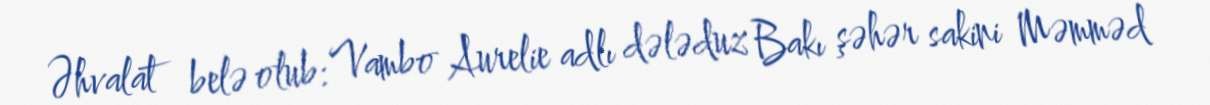
Əhvalat belə olub: Vambo Aurelie adlı dələduz Bakı şəhər sakini Məmməd